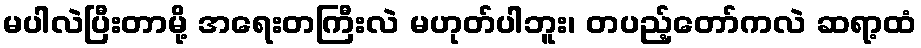
မပါလဲပြီးတာမို့ အရေးတကြီးလဲ မဟုတ်ပါဘူး၊ တပည့်တော်ကလဲ ဆရာ့ထံ